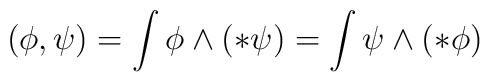
(\phi,\psi) = \int \phi \wedge (*\psi) = \int \psi \wedge (*\phi)